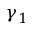
\gamma _ { 1 }